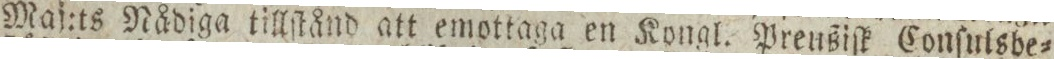
Maj:ts Nådiga tillſtånd att emottaga en Kongl. Preußiſk Conſulsbe=